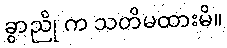
ခွာညို က သတိမထားမိ။